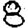
Digit: 8